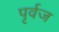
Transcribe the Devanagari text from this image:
पृर्वज